Annual report on the health of the army in India
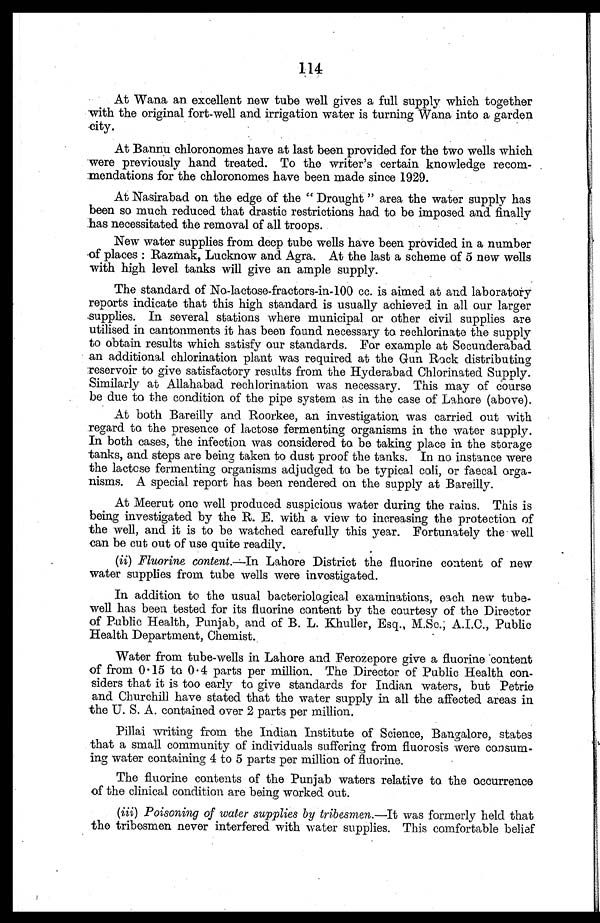
114
At Wana an excellent new tube well gives a full supply which together
with the original fort-well and irrigation water is turning Wana into a garden
city.
At Bannu chloronomes have at last been provided for the two wells which
were previously hand treated. To the writer's certain knowledge recom
-mendations for the chloronomes have been made since 1929.
At Nasirabad on the edge of the "Drought" area the water supply has
been so much reduced that drastic restrictions had to be imposed and finally
has necessitated the removal of all troops.
New water supplies from deep tube wells have been provided in a number
of places: Razmak, Lucknow and Agra. At the last a scheme of 5 new wells
with high level tanks will give an ample supply.
The standard of No-lactose-fractors-in-100 cc. is aimed at and laboratory
reports indicate that this high standard is usually achieved in all our larger
supplies. In several stations where municipal or other civil supplies are
utilised in cantonments it has been found necessary to rechlorinate the supply
to obtain results which satisfy our standards. For example at Secunderabad
an additional chlorination plant was required at the Gun Rock distributing
reservoir to give satisfactory results from the Hyderabad Chlorinated Supply.
Similarly at Allahabad rechlorination was necessary. This may of course
be due to the condition of the pipe system as in the case of Lahore (above).
At both Bareilly and Roorkee, an investigation was carried out with
regard to the presence of lactose fermenting organisms in the water supply.
In both cases, the infection was considered to be taking place in the storage
tanks, and steps are being taken to dust proof the tanks. In no instance were
the lactose fermenting organisms adjudged to be typical coli, or faecal orga
- n i s m s . A s p e c i a l r e p o r t h a s b e e n r e n d e r e d o n t h e s u p p l y a t B a r e i l l y .
At Meerut one well produced suspicious water during the rains. This is
being investigated by the R. E. with a view to increasing the protection of
the well, and it is to be watched carefully this year. Fortunately the well
can be cut out of use quite readily.
(ii)
Fluorine content.—In Lahore District the fluorine content of new
water supplies from tube wells were investigated.
In addition to the usual bacteriological examinations, each new tube-
well has been tested for its fluorine content by the courtesy of the Director
of Public Health, Punjab, and of B. L. Khuller, Esq., M.Sc.; A.I.C., Public
Health Department, Chemist.
Water from tube-wells in Lahore and Ferozepore give a fluorine content
of from 0.15 to 0.4 parts per million. The Director of Public Health con
-siders that it is too early to give standards for Indian waters, but Petrie
and Churchill have stated that the water supply in all the affected areas in
the U. S. A. contained over 2 parts per million.
Pillai writing from the Indian Institute of Science, Bangalore, states
that a small community of individuals suffering from fluorosis were consum
- i n g w a t e r c o n t a i n i n g 4 t o 5 p a r t s p e r m i l l i o n o f f l u o r i n e .
The fluorine contents of the Punjab waters relative to the occurrence
of the clinical condition are being worked out.
(iii)
Poisoning of water supplies by tribesmen.— It was formerly held that
the tribesmen never interfered with water supplies. This comfortable belief